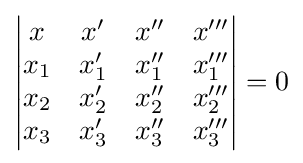
\left|{\begin{matrix}x&x'&x''&x'''\\x_{1}&x_{1}'&x_{1}''&x_{1}'''\\x_{2}&x_{2}'&x_{2}''&x_{2}'''\\x_{3}&x_{3}'&x_{3}''&x_{3}'''\\\end{matrix}}\right|=0